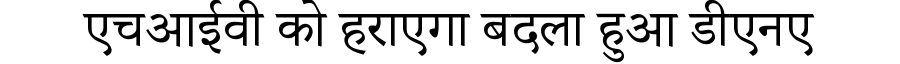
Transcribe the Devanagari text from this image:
एचआईवी को हराएगा बदला हुआ डीएनए